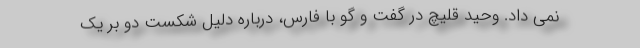
نمی داد. وحید قلیچ در گفت و گو با فارس، درباره دلیل شکست دو بر یک